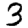
Digit: 3